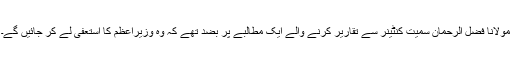
مولانا فضل الرحمان سمیت کنٹینر سے تقاریر کرنے والے ایک مطالبے پر بضد تھے کہ وہ وزیراعظم کا استعفیٰ لے کر جائیں گے۔